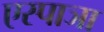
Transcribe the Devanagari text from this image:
एस्पाञा